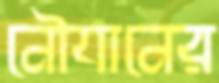
নৌযানের